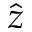
\hat { z }